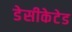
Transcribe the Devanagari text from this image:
डेसीकेटेड